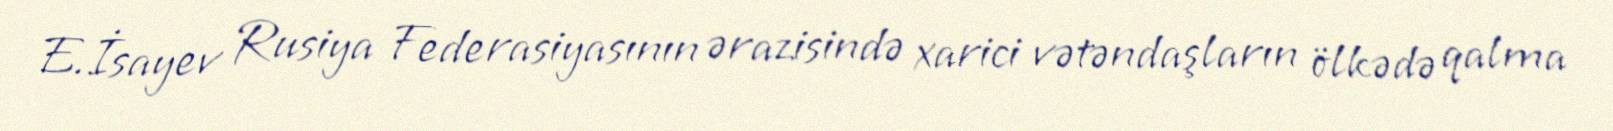
E.İsayev Rusiya Federasiyasının ərazisində xarici vətəndaşların ölkədə qalma